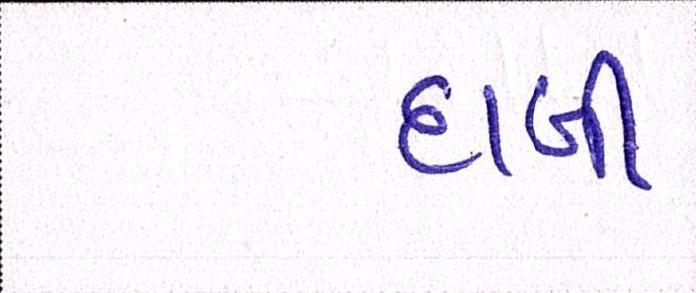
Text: દાબી